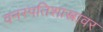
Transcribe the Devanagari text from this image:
वनस्पतिशास्त्रावर